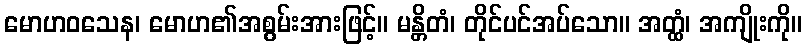
မောဟဝသေန၊ မောဟ၏အစွမ်းအားဖြင့်။ မန္တိတံ၊ တိုင်ပင်အပ်သော။ အတ္ထံ၊ အကျိုးကို။